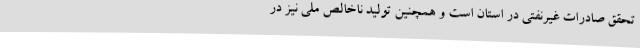
تحقق صادرات غیرنفتی در استان است و همچنین تولید ناخالص ملی نیز در